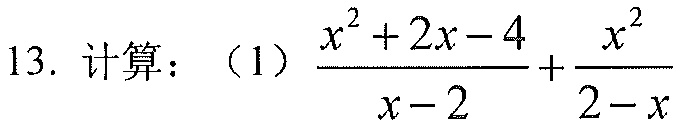
13. 计算：（1）\(\dfrac{x^{2}+2x - 4}{x - 2}+\dfrac{x^{2}}{2 - x}\)